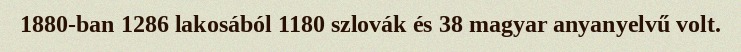
1880-ban 1286 lakosából 1180 szlovák és 38 magyar anyanyelvű volt.